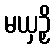
မယှဉှိ